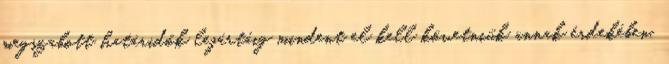
megszabott határidők lejártáig mindent el kell követniük annak érdekében,